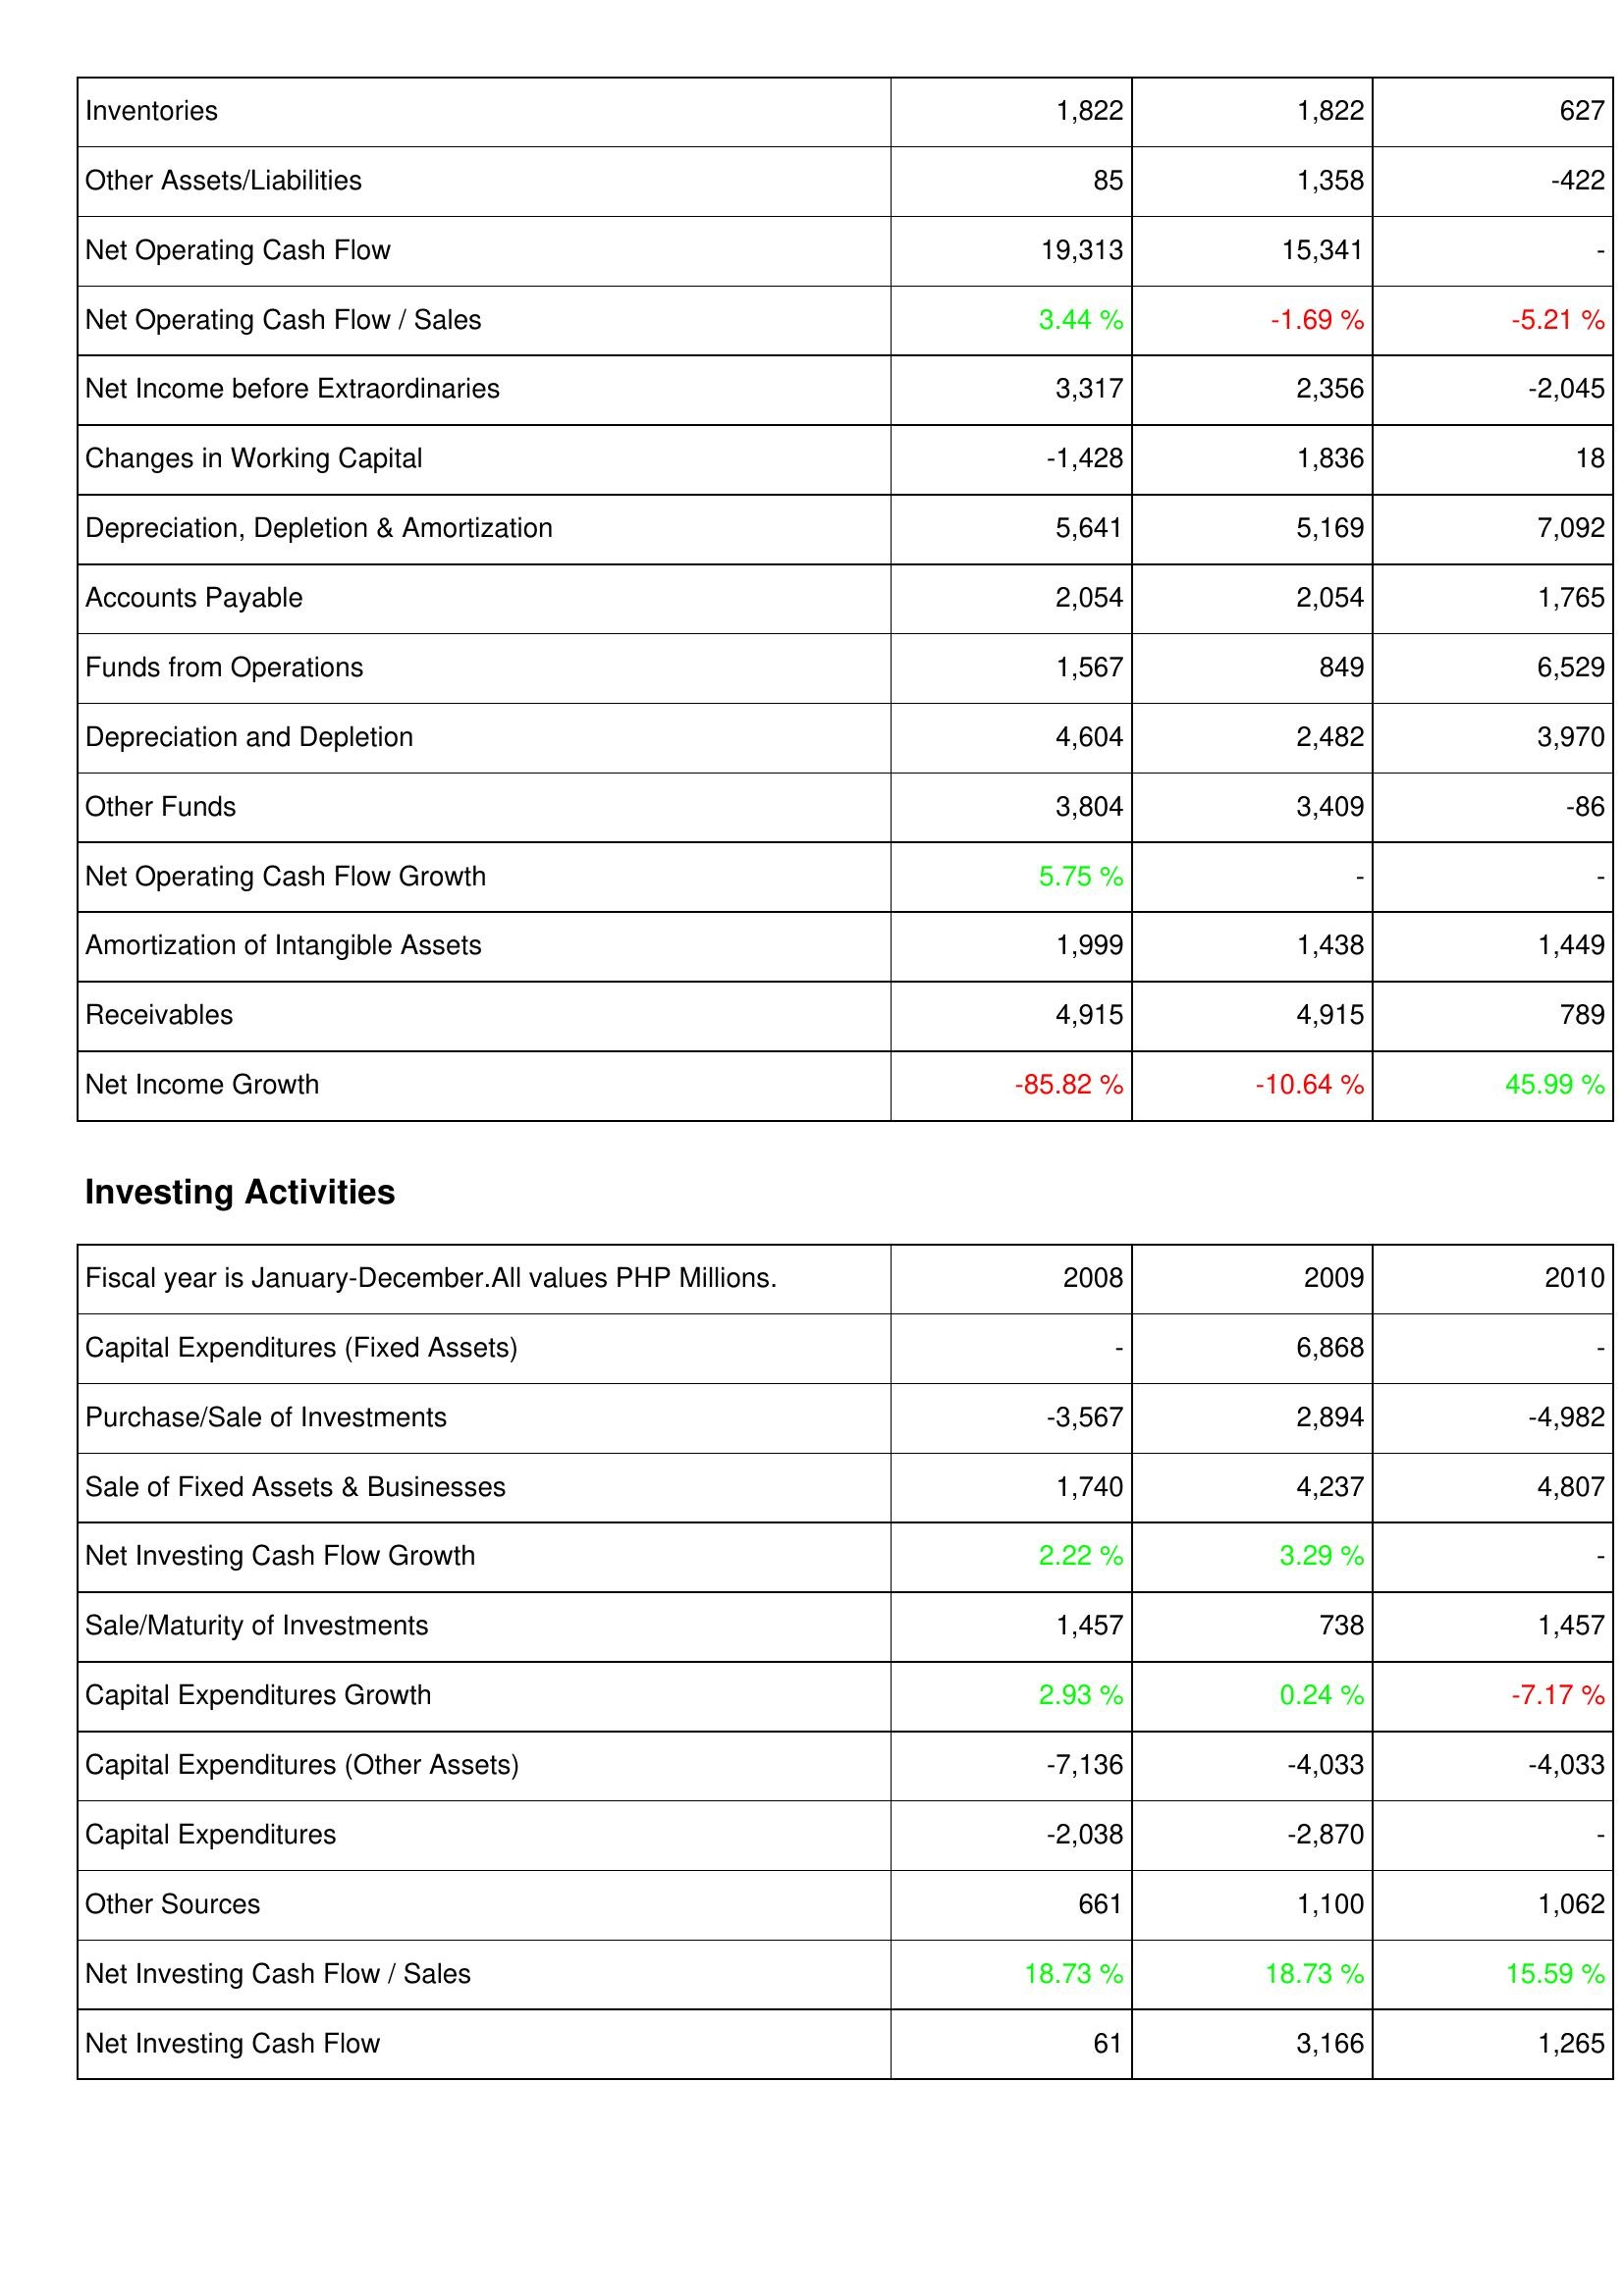
2008: Operating Activities: Inventories: 1,822
Other Assets/Liabilities: 85
Net Operating Cash Flow: 19,313
Net Operating Cash Flow / Sales: 3.44 %
Net Income before Extraordinaries: 3,317
Changes in Working Capital: -1,428
Depreciation, Depletion & Amortization: 5,641
Accounts Payable: 2,054
Funds from Operations: 1,567
Depreciation and Depletion: 4,604
Other Funds: 3,804
Net Operating Cash Flow Growth: 5.75 %
Amortization of Intangible Assets: 1,999
Receivables: 4,915
Net Income Growth: -85.82 %
Investing Activities: Capital Expenditures (Fixed Assets): -
Purchase/Sale of Investments: -3,567
Sale of Fixed Assets & Businesses: 1,740
Net Investing Cash Flow Growth: 2.22 %
Sale/Maturity of Investments: 1,457
Capital Expenditures Growth: 2.93 %
Capital Expenditures (Other Assets): -7,136
Capital Expenditures: -2,038
Other Sources: 661
Net Investing Cash Flow / Sales: 18.73 %
Net Investing Cash Flow: 61
2009: Operating Activities: Inventories: 1,822
Other Assets/Liabilities: 1,358
Net Operating Cash Flow: 15,341
Net Operating Cash Flow / Sales: -1.69 %
Net Income before Extraordinaries: 2,356
Changes in Working Capital: 1,836
Depreciation, Depletion & Amortization: 5,169
Accounts Payable: 2,054
Funds from Operations: 849
Depreciation and Depletion: 2,482
Other Funds: 3,409
Net Operating Cash Flow Growth: -
Amortization of Intangible Assets: 1,438
Receivables: 4,915
Net Income Growth: -10.64 %
Investing Activities: Capital Expenditures (Fixed Assets): 6,868
Purchase/Sale of Investments: 2,894
Sale of Fixed Assets & Businesses: 4,237
Net Investing Cash Flow Growth: 3.29 %
Sale/Maturity of Investments: 738
Capital Expenditures Growth: 0.24 %
Capital Expenditures (Other Assets): -4,033
Capital Expenditures: -2,870
Other Sources: 1,100
Net Investing Cash Flow / Sales: 18.73 %
Net Investing Cash Flow: 3,166
2010: Operating Activities: Inventories: 627
Other Assets/Liabilities: -422
Net Operating Cash Flow: -
Net Operating Cash Flow / Sales: -5.21 %
Net Income before Extraordinaries: -2,045
Changes in Working Capital: 18
Depreciation, Depletion & Amortization: 7,092
Accounts Payable: 1,765
Funds from Operations: 6,529
Depreciation and Depletion: 3,970
Other Funds: -86
Net Operating Cash Flow Growth: -
Amortization of Intangible Assets: 1,449
Receivables: 789
Net Income Growth: 45.99 %
Investing Activities: Capital Expenditures (Fixed Assets): -
Purchase/Sale of Investments: -4,982
Sale of Fixed Assets & Businesses: 4,807
Net Investing Cash Flow Growth: -
Sale/Maturity of Investments: 1,457
Capital Expenditures Growth: -7.17 %
Capital Expenditures (Other Assets): -4,033
Capital Expenditures: -
Other Sources: 1,062
Net Investing Cash Flow / Sales: 15.59 %
Net Investing Cash Flow: 1,265